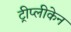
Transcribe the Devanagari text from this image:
ट्रीप्लीकेन